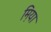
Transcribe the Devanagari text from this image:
म़िया